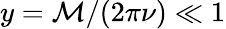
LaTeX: y=\mathcal{M}/(2\pi\nu)\ll1